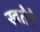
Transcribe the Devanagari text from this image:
खतेरे